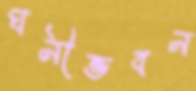
ঘনীভবন